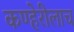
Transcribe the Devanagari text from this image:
कण्हेरीलाच